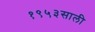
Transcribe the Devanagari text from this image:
१९५३साली